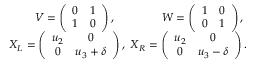
\begin{array} { r l r } & { } & { V = \left( \begin{array} { c c } { 0 } & { 1 } \\ { 1 } & { 0 } \end{array} \right) , ~ ~ ~ ~ ~ ~ ~ ~ ~ ~ ~ ~ W = \left( \begin{array} { c c } { 1 } & { 0 } \\ { 0 } & { 1 } \end{array} \right) , ~ } \\ & { } & { X _ { L } = \left( \begin{array} { c c } { u _ { 2 } } & { 0 } \\ { 0 } & { u _ { 3 } + \delta } \end{array} \right) , ~ X _ { R } = \left( \begin{array} { c c } { u _ { 2 } } & { 0 } \\ { 0 } & { u _ { 3 } - \delta } \end{array} \right) . } \end{array}